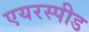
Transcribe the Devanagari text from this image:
एयरस्पीड